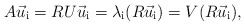
\begin{align*}A \vec u_{\mathrm{i}} = R U \vec u_{\mathrm{i}} = \lambda_{\mathrm{i}} (R \vec u_{\mathrm{i}}) = V (R \vec u_{\mathrm{i}}),\end{align*}